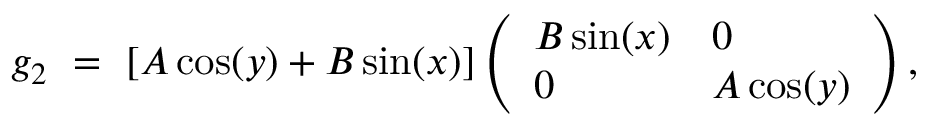
g _ { 2 } \ = \ [ A \cos ( y ) + B \sin ( x ) ] \left( \begin{array} { l l } { B \sin ( x ) } & { 0 } \\ { 0 } & { A \cos ( y ) } \end{array} \right) ,